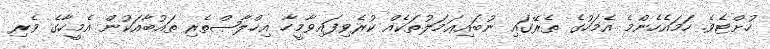
ހުށްޓެވެ. ހަމައެހެންމެ އެމަހުގެ ތެރޭގައި ނުބައިޢަމަލުތަކެއް ކުރެވިފައިވާމީހާ އިޚްލާޞްތެރި ތައުބާއަކުން އެމީހާގެ ވެރި